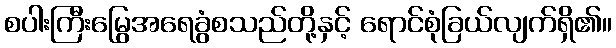
စပါးကြီးမြွေအရေခွံစသည်တို့နှင့် ရောင်စုံခြယ်လျက်ရှိ၏။